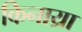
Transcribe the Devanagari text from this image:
किनाय्रा